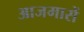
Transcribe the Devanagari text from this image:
आजमासें